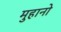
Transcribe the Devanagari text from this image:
मुहानो